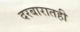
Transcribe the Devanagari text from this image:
दरबारातही